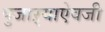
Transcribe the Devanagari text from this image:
पुजाऱ्याऐवजी